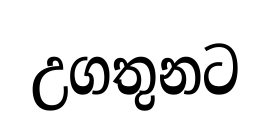
උගතුනට